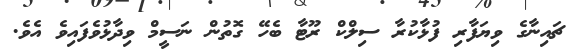
ޗައިނާގެ ވިޔަފާރި ފުޅާކުރާ ސިލްކް ރޫޓާ ބެހޭ ގޮތުން ނަސީމް ވިދާޅުވެފައިވެ އެވެ.